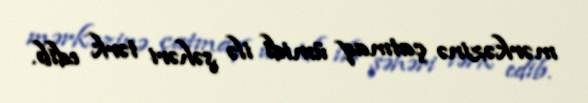
mərkəzinə çatmaq ümidi ilə şəhəri tərk edib.